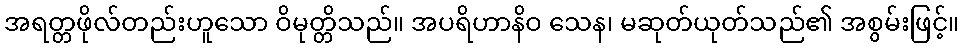
အရတ္တဖိုလ်တည်းဟူသော ဝိမုတ္တိသည်။ အပရိဟာနိဝ သေန၊ မဆုတ်ယုတ်သည်၏ အစွမ်းဖြင့်။